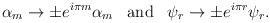
LaTeX: \begin{align*}\alpha_m\rightarrow \pm e^{i\pi m}\alpha_m\;\;\;\mbox{and}\;\;\;\psi_r\rightarrow \pm e^{i\pi r} \psi_r.\end{align*}